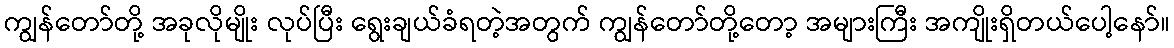
ကျွန်တော်တို့ အခုလိုမျိုး လုပ်ပြီး ရွေးချယ်ခံရတဲ့အတွက် ကျွန်တော်တို့တော့ အများကြီး အကျိုးရှိတယ်ပေါ့နော်။